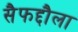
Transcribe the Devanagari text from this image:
सैफद्दौला